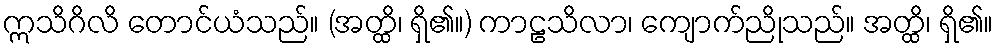
ဣသိဂိလိ တောင်ယံသည်။ (အတ္ထိ၊ ရှိ၏။) ကာဠသိလာ၊ ကျောက်ညိုသည်။ အတ္ထိ၊ ရှိ၏။